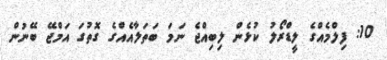
10: ފިލްމެއްގެ ލީޑްރޯލު ކުޅެން ލިބިއްޖެ ނަމަ ބަތަލާއެއްގެ ގޮތުގަ އަމްޖޭ ބޭނުން